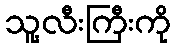
သူ့လီးကြီးကို